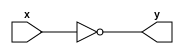
/**************************************************************/
// File            : Standard Logic Cells
// Contact         : - ltkhanh@hcmus.edu.vn
//                   - ltkhanh@bigdolphin.com.vn
// Version         : 1.2
// Modified Date   : 2023/12/16
// License         : MIT
/**************************************************************/

/**
 * @brief Inverter
 * @param[in] Signal
 * @return Inverted signal
 * @attention
 */
module stdINV(
    output y,
    input x
);
//not #(0.01,0.01) u0(y,x);
not u0(y,x);
endmodule

/**
 * @brief Short delay Buffer
 * @param[in] Signal
 * @return Non-inverted signal
 * @attention
 */
module stdBUF(
    output y,
    input x
);
wire yn;
stdINV u0(yn,x);
stdINV u1(y,yn);
endmodule

/**
 * @brief Buffer with output enable
 * @param[in] Signal
 * @param[in] Enable
 * @return Non-inverted signal or Tri-state
 * @attention
 */
module stdBUFZ(
    output y,
    input x,
    input e
);
assign y = e?x:1'bz;
endmodule

/**
 * @brief 2-input AND Gate
 * @param[in] Signal
 * @param[in] Signal
 * @return Output
 * @attention
 */
module stdAND2(
    output y,
    input a,
    input b
);
//and #(0.01,0.01) u0(y,a,b);
and u0(y,a,b);
endmodule

/**
 * @brief 2-input OR Gate
 * @param[in] Signal
 * @param[in] Signal
 * @return Output
 * @attention
 */
module stdOR2(
    output y,
    input a,
    input b
);
//or #(0.01,0.01) u0(y,a,b);
or u0(y,a,b);
endmodule

/**
 * @brief 2-input NAND Gate
 * @param[in] Signal
 * @param[in] Signal
 * @return Output
 * @attention
 */
module stdNAND2(
    output y,
    input a,
    input b
);
//nand #(0.01,0.01) u0(y,a,b);
nand u0(y,a,b);
endmodule

/**
 * @brief 2-input NOR Gate
 * @param[in] Signal
 * @param[in] Signal
 * @return Output
 * @attention
 */
module stdNOR2(
    output y,
    input a,
    input b
);
//nor #(0.01,0.01) u0(y,a,b);
nor u0(y,a,b);
endmodule

/**
 * @brief 2-input XOR Gate
 * @param[in] Signal
 * @param[in] Signal
 * @return Output
 * @attention
 */
module stdXOR2(
    output y,
    input a,
    input b
);
//xor #(0.01,0.01) u0(y,a,b);
xor u0(y,a,b);
endmodule

/**
 * @brief 2-input XNOR Gate
 * @param[in] Signal
 * @param[in] Signal
 * @return Output
 * @attention
 */
module stdXNOR2(
    output y,
    input a,
    input b
);
//xnor #(0.01,0.01) u0(y,a,b);
xnor u0(y,a,b);
endmodule

/**
 * @brief 3-input AND Gate
 * @param[in] Signal
 * @param[in] Signal
 * @param[in] Signal
 * @return Output
 * @attention
 */
module stdAND3(
    output y,
    input a,
    input b,
    input c
);
//assign #(0.01,0.01) y = a & b & c;
assign y = a & b & c;
endmodule

/**
 * @brief 3-input NAND Gate
 * @param[in] Signal
 * @param[in] Signal
 * @param[in] Signal
 * @return Output
 * @attention
 */
module stdNAND3(
    output y,
    input a,
    input b,
    input c
);
//assign #(0.01,0.01) y = ~(a & b & c);
assign y = ~(a & b & c);
endmodule

/**
 * @brief 3-input OR Gate
 * @param[in] Signal
 * @param[in] Signal
 * @param[in] Signal
 * @return Output
 * @attention
 */
module stdOR3(
    output y,
    input a,
    input b,
    input c
);
//assign #(0.01,0.01) y = a & b & c;
assign y = a & b & c;
endmodule

/**
 * @brief 3-input NOR Gate
 * @param[in] Signal
 * @param[in] Signal
 * @param[in] Signal
 * @return Output
 * @attention
 */
module stdNOR3(
    output y,
    input a,
    input b,
    input c
);
//assign #(0.01,0.01) y = ~(a & b & c);
assign y = ~(a & b & c);
endmodule

/**
 * @brief N-input AND Gate
 * @param[in] Signal list
 * @return Output
 * @attention
 */
module stdANDN
#(
    parameter N = 3
)
(
    output y,
    input [N-1:0] x
);
wire rs[N-1:0] /*verilator split_var*/;
genvar i;
generate
    assign rs[0] = x[0];    
    for(i=1;i<N;i=i+1) begin:loop
        assign rs[i] = rs[i-1] & x[i];
    end    
endgenerate
assign y = rs[N-1];
endmodule

/**
 * @brief N-input OR Gate
 * @param[in] Signal list
 * @return Output
 * @attention
 */
module stdORN
#(
    parameter N = 3
)
(
    output y,
    input [N-1:0] x
);
wire rs[N-1:0] /*verilator split_var*/;
genvar i;
generate
    assign rs[0] = x[0];    
    for(i=1;i<N;i=i+1) begin:loop
        assign rs[i] = rs[i-1] | x[i];
    end    
endgenerate
assign y = rs[N-1];
endmodule

/**
 * @brief N-input NAND Gate
 * @param[in] Signal list
 * @return Output
 * @attention
 */
module stdNANDN
#(
    parameter N = 3
)
(
    output y,
    input [N-1:0] x
);
wire rs[N-1:0] /*verilator split_var*/;
genvar i;
generate
    assign rs[0] = x[0];    
    for(i=1;i<N;i=i+1) begin:loop
        assign rs[i] = rs[i-1] & x[i];
    end    
endgenerate
assign y = ~rs[N-1];
endmodule

/**
 * @brief N-input NOR Gate
 * @param[in] Signal list
 * @return Output
 * @attention
 */
module stdNORN
#(
    parameter N = 3
)
(
    output y,
    input [N-1:0] x
);
wire rs[N-1:0] /*verilator split_var*/;
genvar i;
generate
    assign rs[0] = x[0];    
    for(i=1;i<N;i=i+1) begin:loop
        assign rs[i] = rs[i-1] | x[i];
    end    
endgenerate
assign y = ~rs[N-1];
endmodule

/**
 * @brief General Multiplexer N to 1
 * @param[in] Number of signals
 * @param[in] List of signals
 * @param[in] Code of selection
 * @return selected signal
 * @attention
 */
module stdMUXN
#(
    parameter N = 2
)
(
    output y,
    input [N-1:0] x,
    input [$clog2(N)-1:0] code
);
assign y = x[code];
endmodule